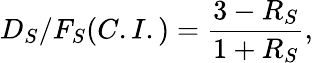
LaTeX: D_{S}/F_{S}(C.I.)=\frac{3-R_{S}}{1+R_{S}},